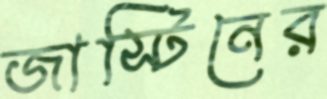
জাস্টিনের